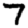
Digit: 7